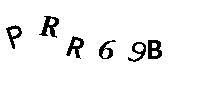
PRR69B